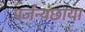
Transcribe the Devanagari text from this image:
पर्जन्यछाया